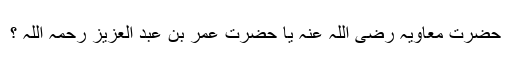
حضرت معاویہ رضی اللہ عنہ یا حضرت عمر بن عبد العزیز رحمہ اللہ ؟